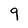
Character: 9